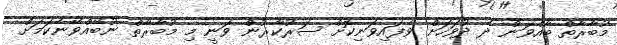
މުބާރާތް ބާއްވަން ދެ ދުވަހަށް ވެފައިވަނިކޮށް ސަރުކާރުން ވަނީ މި މުބާރާތް ނުބޭއްވޭނެކަމަށް